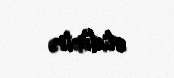
etdirir.